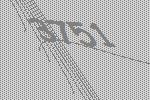
3751